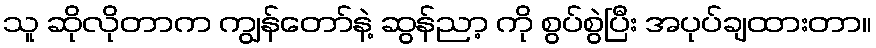
သူ ဆိုလိုတာက ကျွန်တော်နဲ့ ဆွန်ညာ့ ကို စွပ်စွဲပြီး အပုပ်ချထားတာ။